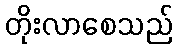
တိုးလာစေသည်